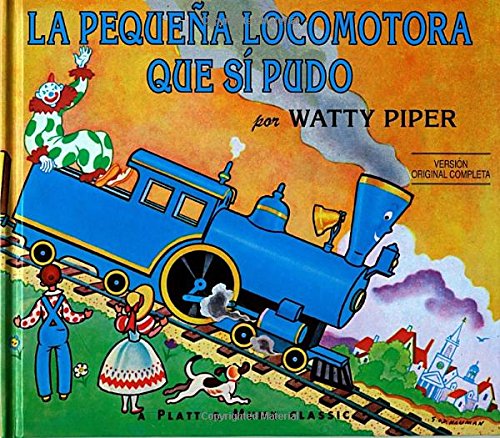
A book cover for La Pequena Locomotora Que Si Pudo (The Little Engine That Could) (Spanish Edition); Watty Piper; Children's Books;